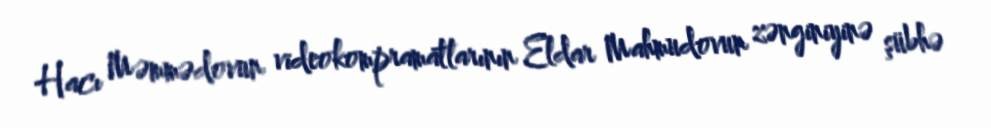
Hacı Məmmədovun videokompramatlarının Eldar Mahmudovun zənginiyinə şübhə